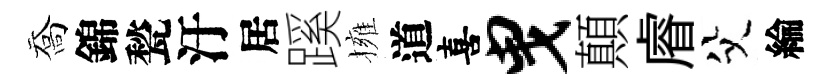
喬錦甃汙居蹊擁道喜曳顛𥈠父綸